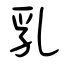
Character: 乳